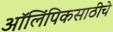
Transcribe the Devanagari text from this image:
ऑलिंपिकसाठीचे